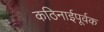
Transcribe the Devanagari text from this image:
कठिनाईपूर्वक